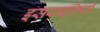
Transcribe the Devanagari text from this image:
इसराइलियों